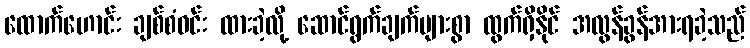
ထောက်ဟောင်း ချစ်စံဝင်း ထားခဲ့လို့ ဆောင်ရွက်ချက်များစွာ ထွက်ရှိနိုင် အလွန်ခွန်အားရခဲ့သည်